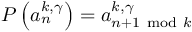
P \left( a _ { n } ^ { k , \gamma } \right) = a _ { n + 1 ~ \mathrm { m o d } ~ k } ^ { k , \gamma }